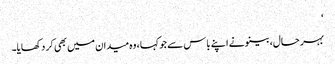
‘
بہر حال، بینو نے اپنے باس سے جو کہا، وہ میدان میں بھی کر دکھایا۔